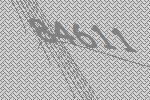
84611